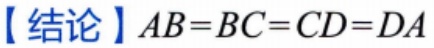
【结论】\(AB = BC = CD = DA\)